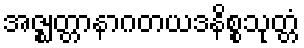
အဇ္ဈတ္တာနာဂတယဒနိစ္စသုတ္တံ